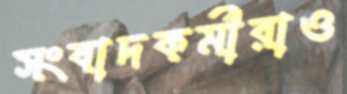
সংবাদকর্মীরাও